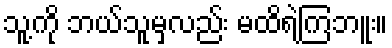
သူ့ကို ဘယ်သူမှလည်း မထိရဲကြဘူး။